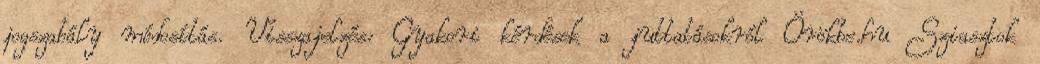
jogszabály módosítás. Visszajelzés: Gyakori kérdések a juttatásokról Örökbe.hu Sziasztok